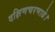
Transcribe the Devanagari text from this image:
दक्षिणचरणाग्रे।